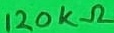
Text: 120KΩ